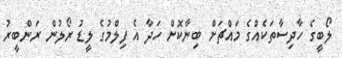
ލޯބީގެ ހާދިސާތަކެއްގެ މައްޗަށް ބިނާކޮށް ހަދާ އެ ފިލްމުގެ ލީޑު ރޯލުން ރަންބީރު